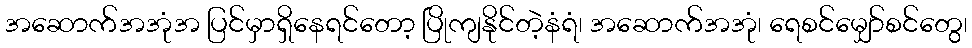
အဆောက်အအုံအ ပြင်မှာရှိနေရင်တော့ ပြိုကျနိုင်တဲ့နံရံ၊ အဆောက်အအုံ၊ ရေစင်မျှော်စင်တွေ၊